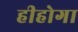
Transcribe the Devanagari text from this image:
हीहोगा